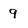
Character: 9